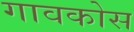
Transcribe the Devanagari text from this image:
गावकोस